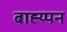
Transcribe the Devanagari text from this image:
बाह्य्पन